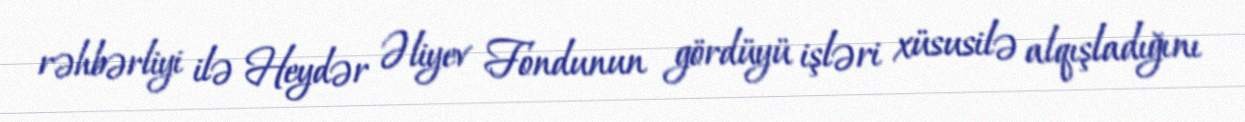
rəhbərliyi ilə Heydər Əliyev Fondunun gördüyü işləri xüsusilə alqışladığını